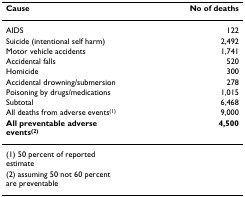
<table><thead><tr><td><b>Cause</b></td><td><b>No of deaths</b></td></tr></thead><tbody><tr><td>AIDS</td><td>122</td></tr><tr><td>Suicide (intentional self harm)</td><td>2,492</td></tr><tr><td>Motor vehicle accidents</td><td>1,741</td></tr><tr><td>Accidental falls</td><td>520</td></tr><tr><td>Homicide</td><td>300</td></tr><tr><td>Accidental drowning/submersion</td><td>278</td></tr><tr><td>Poisoning by drugs/medications</td><td>1,015</td></tr><tr><td>Subtotal</td><td>6,468</td></tr><tr><td>All deaths from adverse events<sup>(1)</sup></td><td>9,000</td></tr><tr><td><b>All preventable adverse events<sup>(2)</sup></b></td><td><b>4,500</b></td></tr><tr><td>(1) 50 percent of reported estimate</td><td></td></tr><tr><td>(2) assuming 50 not 60 percent are preventable</td><td></td></tr></tbody></table>